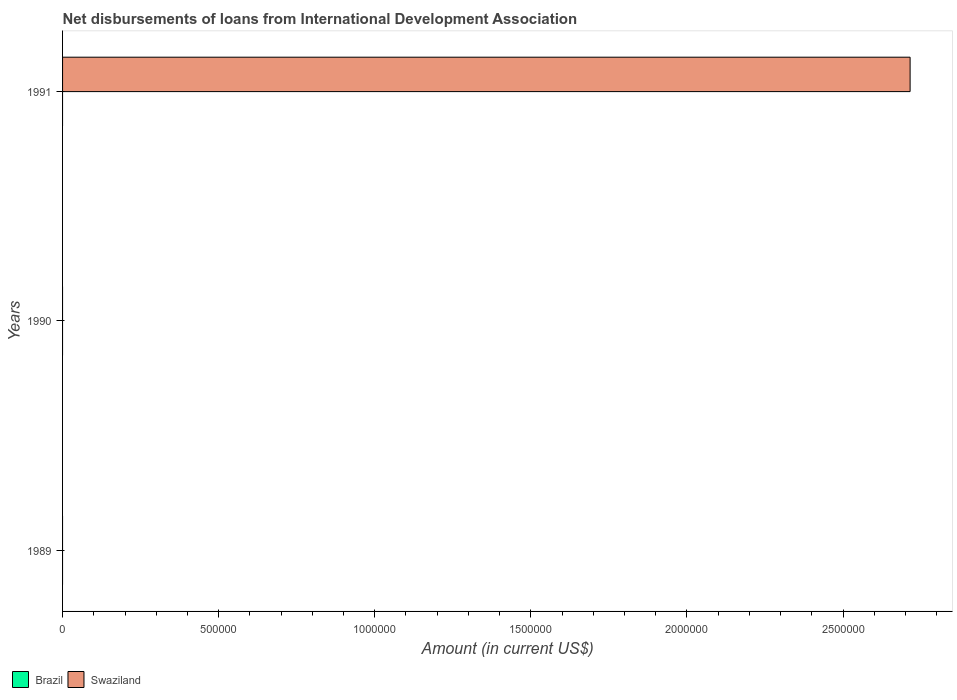
| Years | Brazil | Swaziland |
 | --- | --- | --- |
 | 1989 | -1.71e+07 | -1.72e+05 |
 | 1990 | -2.95e+07 | -7.99e+05 |
 | 1991 | -3.86e+07 | 2.72e+06 |